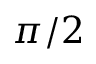
\pi / 2